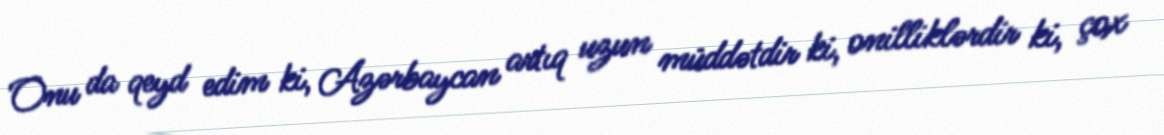
Onu da qeyd edim ki, Azərbaycan artıq uzun müddətdir ki, onilliklərdir ki, çox